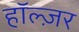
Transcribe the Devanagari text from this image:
हॉल्ज़र